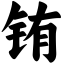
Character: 铕